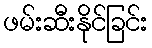
ဖမ်းဆီးနိုင်ခြင်း